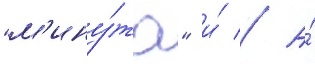
"м'ину́та" и́ // А́